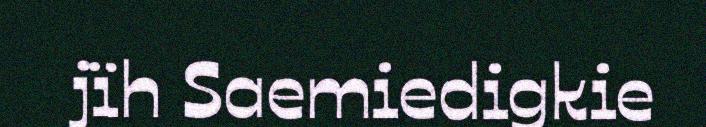
jïh Saemiedigkie